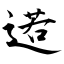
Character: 逽